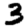
Digit: 3